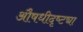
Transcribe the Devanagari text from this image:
औषधीदृष्ट्या